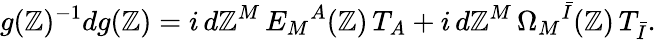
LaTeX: g(\mathbb{Z})^{-1}dg(\mathbb{Z})=i\, d\mathbb{Z}^{M}\, E_{M}{}^{A}(\mathbb{Z})\, T_{A}+i\, d\mathbb{Z}^{M}\, \Omega_{M}{}^{\bar{{I}}}(\mathbb{Z})\, T_{\bar{{I}}}.